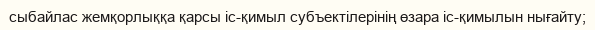
сыбайлас жемқорлыққа қарсы іс-қимыл субъектілерінің өзара іс-қимылын нығайту;